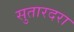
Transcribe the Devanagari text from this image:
सुतारदरा